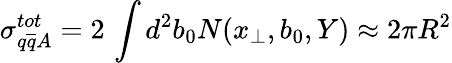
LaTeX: \sigma_{q\overline{{{q}}}A}^{tot}=2\, \int d^{2}b_{0}N(x_{\perp},b_{0},Y)\approx 2\pi R^{2}